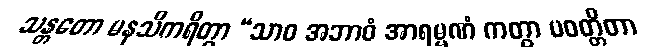
သန္တတော မနသိကရိတွာ “သာဝ အဘာဝံ အာရမ္မဏံ ကတွာ ပဝတ္တိတာ